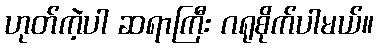
ဟုတ်ကဲ့ပါ ဆရာကြီး ဂရုစိုက်ပါမယ်။